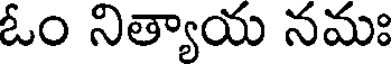
ఓం నిత్యాయ నమః